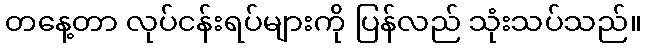
တနေ့တာ လုပ်ငန်းရပ်များကို ပြန်လည် သုံးသပ်သည်။